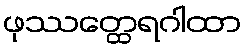
ဖုဿတ္ထေရဂါထာ